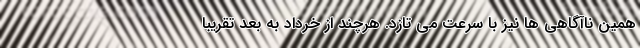
همین ناآگاهی ها نیز با سرعت می تازد. هرچند از خرداد به بعد تقریبا